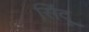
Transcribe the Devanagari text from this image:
सिंदू